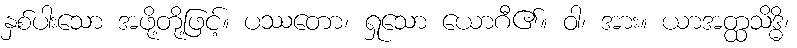
နှစ်ပါးသော အဖို့တို့ဖြင့်။ ပဿတော၊ ရှုသော ယောဂီ၏။ ဝါ၊ အား။ ယာအတ္ထသိဒ္ဓိ၊